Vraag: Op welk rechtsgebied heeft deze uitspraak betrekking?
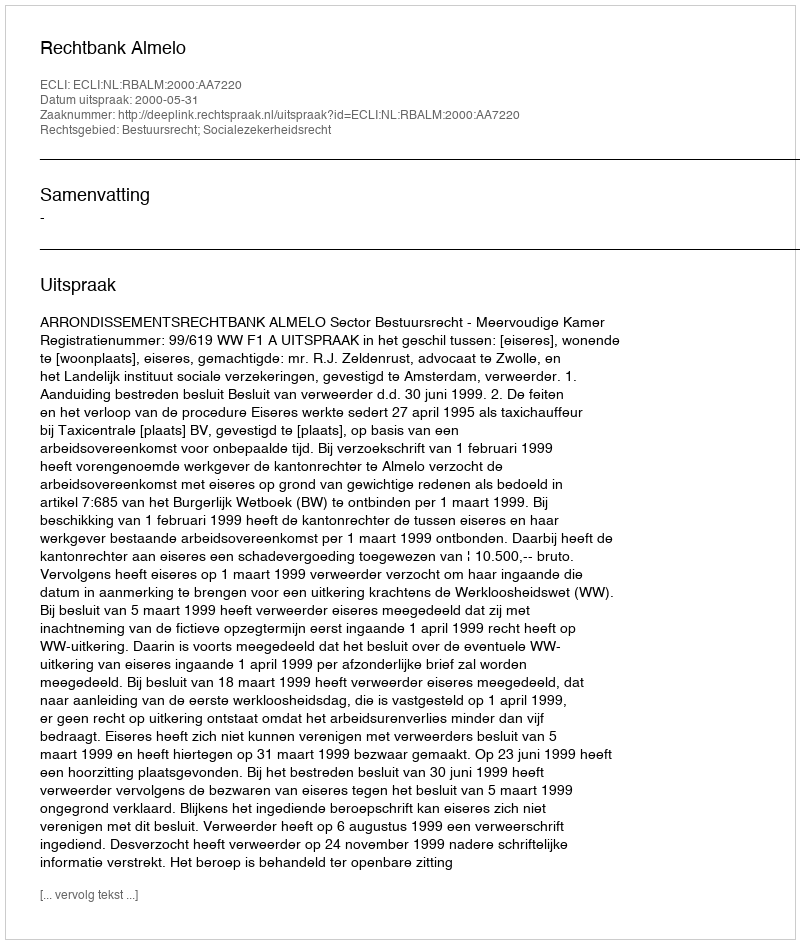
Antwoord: Bestuursrecht; Socialezekerheidsrecht